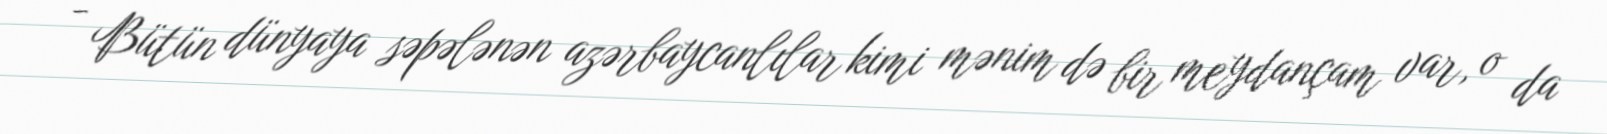
- Bütün dünyaya səpələnən azərbaycanlılar kimi mənim də bir meydançam var, o da